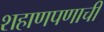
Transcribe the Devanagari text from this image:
शहाणपणाची